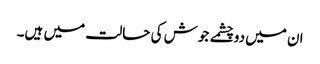
ان میں دوچشمے جوش کی حالت میں ہیں۔